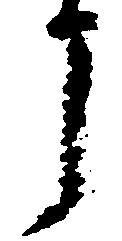
う